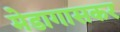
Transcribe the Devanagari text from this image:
मेडागासकर